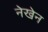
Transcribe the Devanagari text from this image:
नेखेन